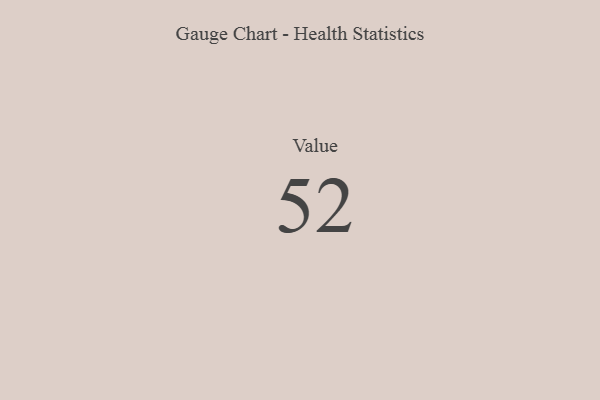
{"axis": {"x": "Metric", "y": "Value"}, "legend": [""], "data": [{"x": "Value", "y": 52, "type": ""}]}